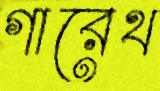
গারেথ